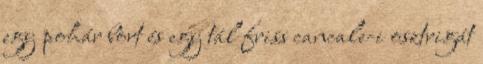
egy pohár bort és egy tál friss cancale-i osztrigát